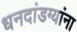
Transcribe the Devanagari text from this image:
धनदांडग्यांना